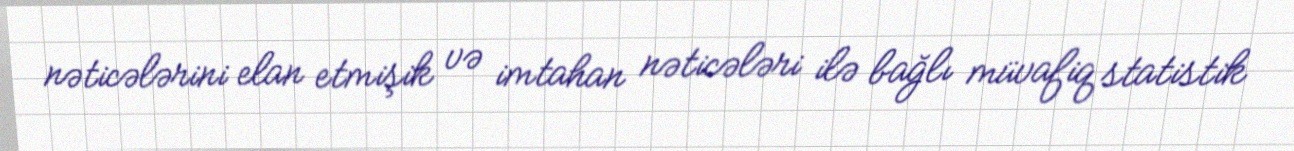
nəticələrini elan etmişik və imtahan nəticələri ilə bağlı müvafiq statistik